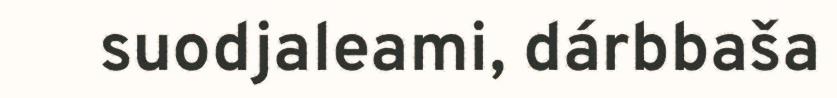
suodjaleami, dárbbaša